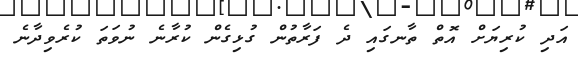
އަދި ކުރިޔަށް އޮތް ތާނގައި ދެ ފަރާތުން ގުޅިގެން ކުރާނެ ނުވަތަ ކުރެވިދާނެ